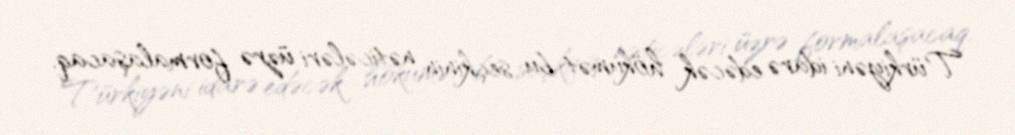
Türkiyəni idarə edəcək hökumət bu seçkinin nəticələri üzrə formalaşacaq.